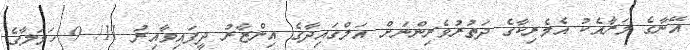
އޭނާގެ މަރާއެކު އެމެރިކާގެ ދަތުރުވެރިންނަށް އަލްގައިދާގެ އިންޒާރު ދީފައިވާއިރު 11/ 9 ހަމަލާގެ